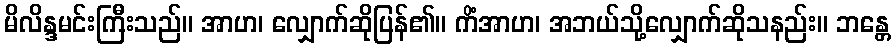
မိလိန္ဒမင်းကြီးသည်။ အာဟ၊ လျှောက်ဆိုပြန်၏။ ကိံအာဟ၊ အဘယ်သို့လျှောက်ဆိုသနည်း။ ဘန္တေ